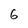
Character: 6